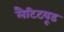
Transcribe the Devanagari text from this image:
लैटिटयूड